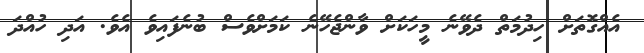
އެއްގޮތަށް ހިދުމަތް ދެވޭނެ މީހަކަށް ވާންޖެހޭނެ ކަމަށްވެސް ބުނެފައިވެ އެވެ. އަދި ހުއްދަ